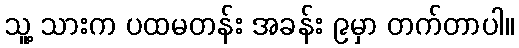
သူ့ သားက ပထမတန်း အခန်း ၉မှာ တက်တာပါ။